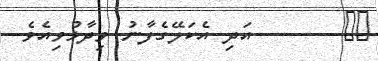
٩٩       އަދި އެކަލޭގެފާނު ވިދާޅުވިއެވެ.